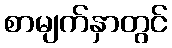
စာမျက်နှာတွင်